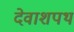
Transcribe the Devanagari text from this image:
देवाशपथ